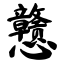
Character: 戆